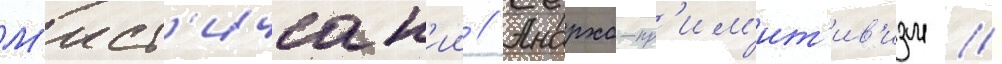
М'ист'ическ'ии // Анархо-пр'им'ит'ив'изм //